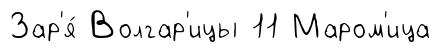
Зар'я́ Волгар'ицы 11 Маром'ица